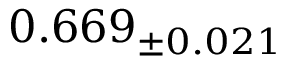
0 . 6 6 9 _ { \pm 0 . 0 2 1 }